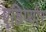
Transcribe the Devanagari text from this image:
एडिप्योर